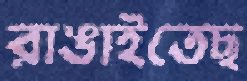
রাঙাইতেছ